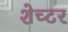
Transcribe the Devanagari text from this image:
शेच्टर